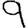
Digit: 9